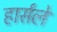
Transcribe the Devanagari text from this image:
हार्सले